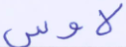
لاوس